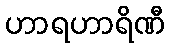
ဟာရဟာရိဏီ